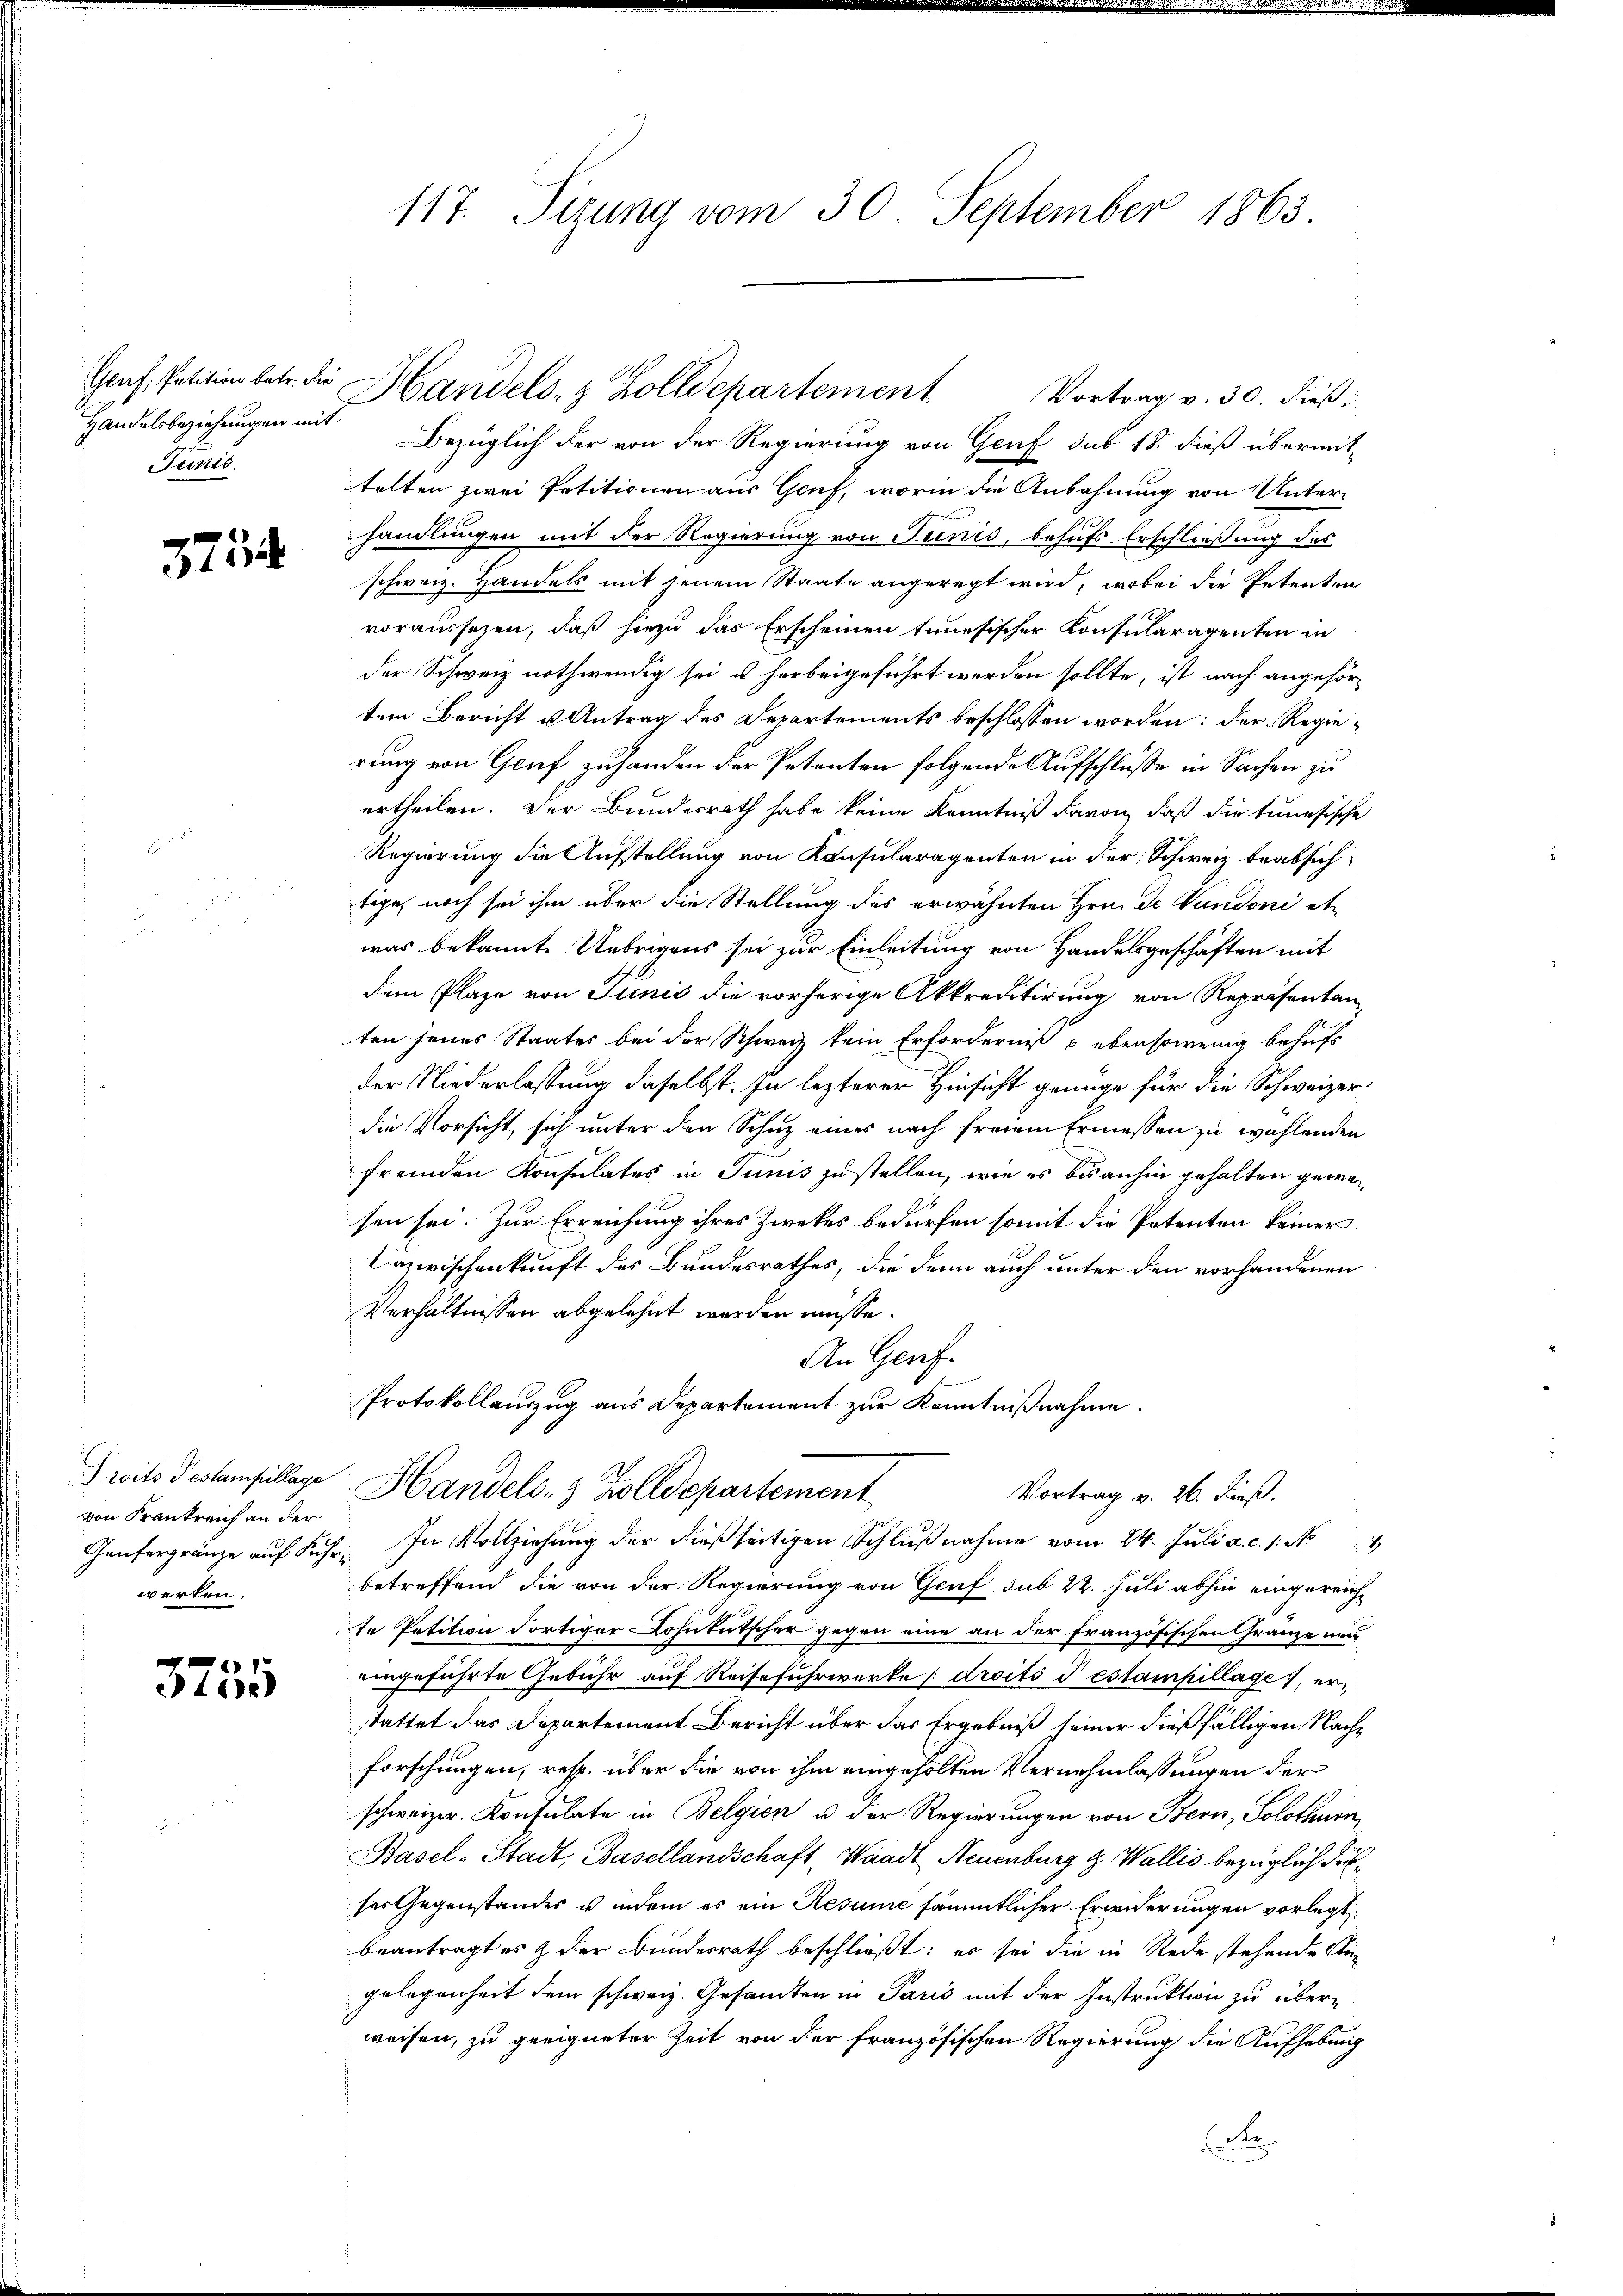
Genf, Petition betr. die
Handelsbeziehungen mit
Punis.

375

von Frankreich an der
werken.

3255

117. Sizung vom 30. September 1863

Vortrag v. 30. dieß,
Bezüglich der von der Regierung von Genf sub 18. dieß übermittelten zwei Petitionen aus Genf, worin die Anbahnung von Unterhandlungen mit der Regierung von Seinis, behufs Erschließung des
schweiz. Handels mit jenem Staate angeregt wird, wobei die Petenten
voraussezen, daß hiezu das Erscheinen tunesischer Konsularagenten in
der Schweiz nothwendig sei u herbeigeführt werden sollte, ist nach angehörtem Bericht u Antrag des Departements beschlossen worden: der Regierung von Genf zuhanden der Petenten folgende Aufschlüsse in Sachen zu
urtheilen. Der Bundesrath habe keine Kenntniß davon, daß die tunesische
Regierung die Aufstellung von Konsularagenten in der Schweiz beabsichtige, noch sei ihm über die Stellung des erwähnten Hrn. De Vaudoni etwas bekannte Uebrigens sei zur Einleitung von Handelsgeschäften mit
dem Plaze von Junić die vorherige Akkreditirung von Repräsentan-
ten jenes Staates bei der Schweiz kein Erforderniß & ebensowenig behufs
der Niederlassung daselbst. In lezterer Hinsicht genüge für die Schweizer
die Vorsicht, sich unter den Schuz eines nach freiem Ermessen zu wählenden
fremden Konsulates in Junis zustellen, wie es bisanhin gehalten gewesen sei. Zur Erreichung ihres Zwekes bedürfen somit die Petenten keiner
Dazwischenkunft des Bundesrathes, die dann auch unter den vorhandenen
Verhältnissen abgelehnt werden müsse.
An Genf.
Protokollauszug aus Departement zur Kenntnißnahme.
rits Testampillage Handels- & Zolldepartement
Vortrag v. 26. dieß.
Gaüfergränze auf Fuhr. In Vollziehung der dießseitigen Schlŭβnahme vom 24. Juli a. c. 1. No
betreffend die von der Regierung von Genf sub 22. Juli abhin eingereich-
te Petition dortiger Lohnkutscher gegen eine an der französischen Gränze uns
eingeführte Gebühr auf Reisefuhrwerke droits destampillage, erstattet das Departement Bericht über das Ergebniß seiner dießfälligen Nachforschungen, resp. über die von ihm eingeholten Vernehmlassungen der
schweizer. Konsulate in Belgien u der Regierungen von Bern, Solothurn,
Basel-Stadt, Basellandschaft, Waadt, Neuenburg & Wallis bezüglich durses Gegenstandes u indem es ein Resume sämmtlicher Erwiderungen vorlegt,
beantragt es & der Bundesrath beschließt: es sei die in Rede stehende Ann
gelegenheit dem schweiz. Gesandten in Paris mit der Instruktion zu überweisen, zu geeigneter Zeit von der französischen Regierung die Aufhebung
Re

Handels- & Zolldepartement